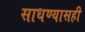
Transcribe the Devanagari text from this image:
साधण्यासही